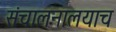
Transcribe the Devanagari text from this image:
संचालनालयाच